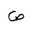
Letter: _sad